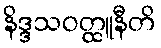
နိဒ္ဒသဝတ္ထူနီတိ